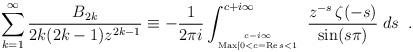
LaTeX: \begin{align*}\sum_{k=1}^{\infty} \frac{B_{2k}}{2k(2k-1)z^{2k-1}} \equiv - \frac{1}{2\pi i} \int_{c-i\infty \atop{{\rm Max}[0<c= {\rm Re}\,s<1}}^{c+i\infty} \; \frac{z^{-s} \, \zeta(-s)}{\sin(s\pi)} \; ds \;\;.\end{align*}